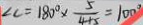
\angle C = 1 8 0 ^ { \circ } \times \frac { 5 } { 4 + 5 } = 1 0 0 ^ { \circ }